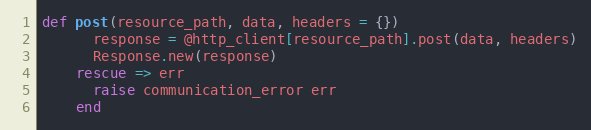
Language: Ruby
def post(resource_path, data, headers = {})
      response = @http_client[resource_path].post(data, headers)
      Response.new(response)
    rescue => err
      raise communication_error err
    end